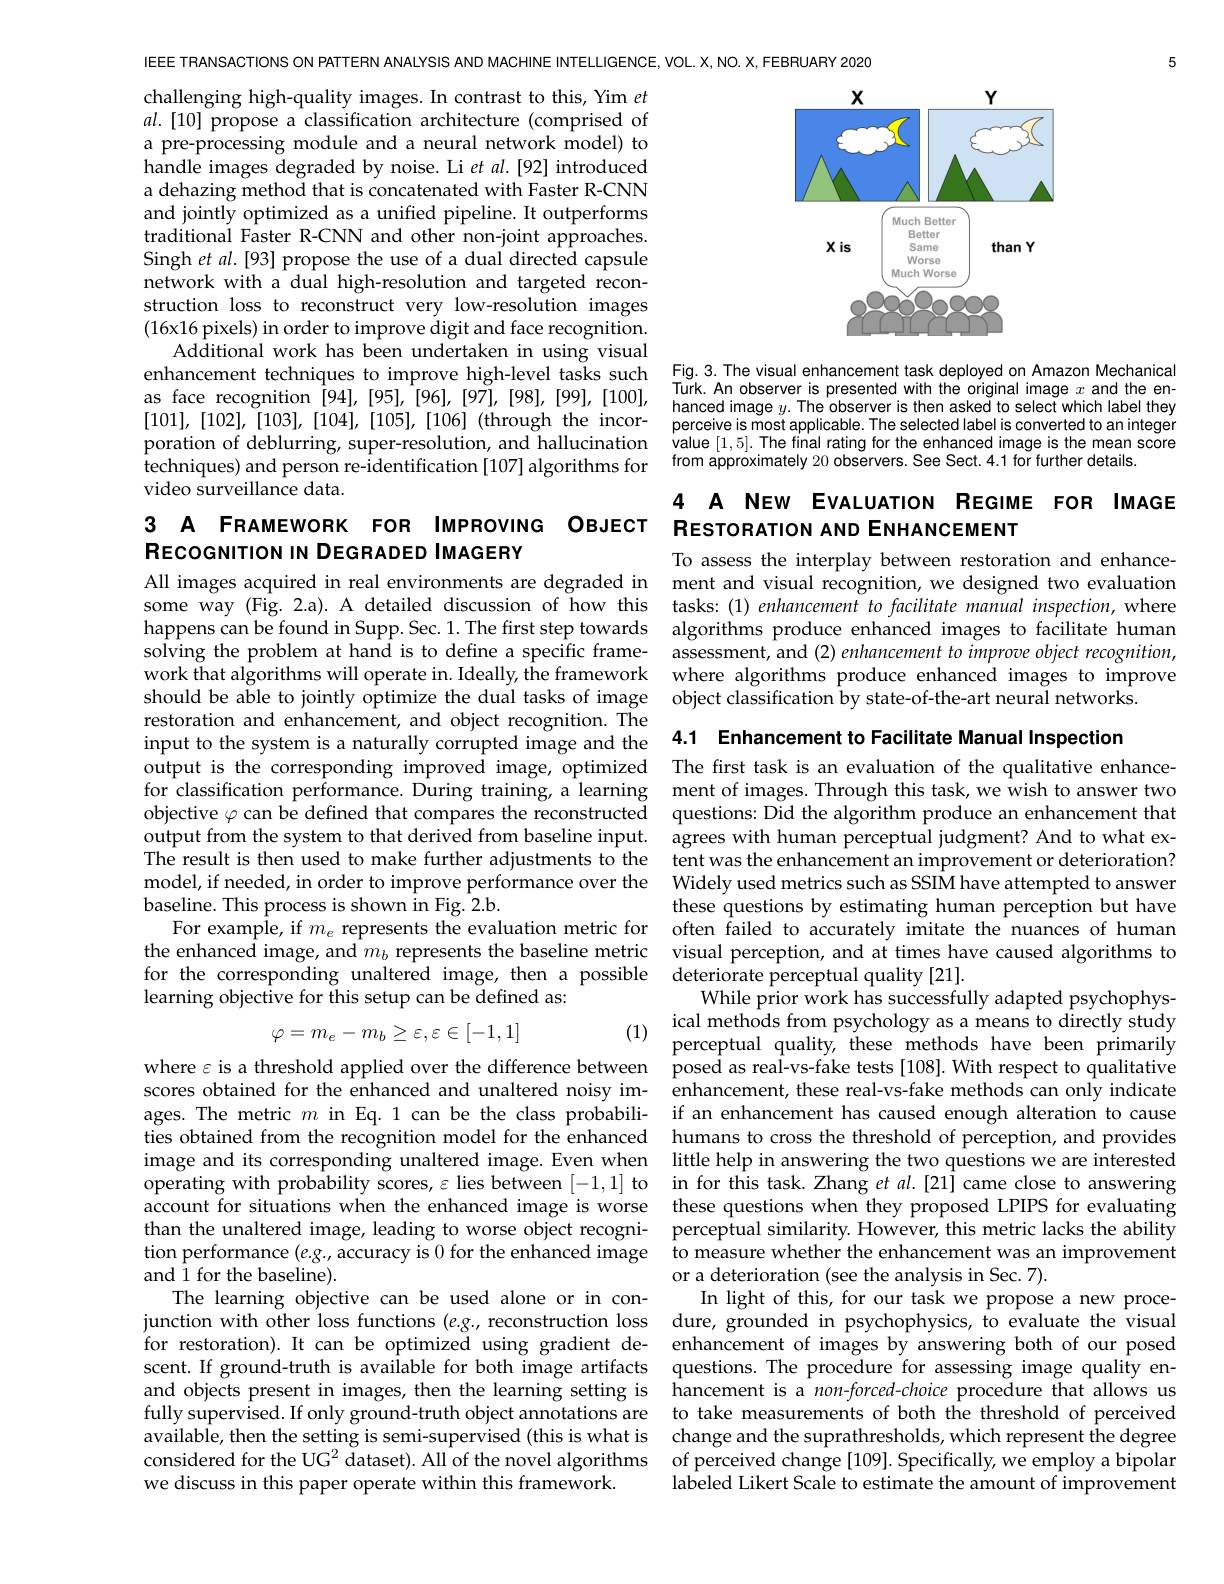
5

IEEE TRANSACTIONS ON PATTERN ANALYSIS AND MACHINE INTELLIGENCE, VOL. X, NO. X, FEBRUARY 2020

<FigureHere>

challenging high-quality images. In contrast to this, Yim $et$ $al.[10]$ propose a classification architecture (comprised of a pre-processing module and a neural network model) to handle images degraded by noise. Li et al.[92] introduced a dehazing method that is concatenated with Faster R-CNN and jointly optimized as a unified pipeline. It outperforms traditional Faster R-CNN and other non-joint approaches. Singh et al.[93] propose the use of a dual directed capsule network with a dual high-resolution and targeted reconstruction loss to reconstruct very low-resolution images $(16x16$ pixels) in order to improve digit and face recognition.
Additional work has been undertaken in using visual
enhancement techniques to improve high-level tasks such Fig.3.The visual enhancement task deployed on Amazon Mechanical
as face recognition [94],[95],[96],[97],[98],[99],[100], [101],[102],[103],[104],[105],[106](through the incorporation of deblurring, super-resolution, and hallucination value [1,5]. The final rating for the enhanced image is the mean score
techniques) and person re-identification [107] algorithms for
video surveillance data.

Turk.An observer is presented with the original image $x$ and the enhanced image $y.$ The observer is then asked to select which label they perceive is most applicable. The selected label is converted to an integer from approximately 20 observers. See Sect.4.1 for further details.

## 4 A NEW EVALUATION REGIME FOR IMAGE Restonation and ENHANCEMENT

## 3 A FRAMEWORK FOR IMPROVING OBJECT RECOGNITION IN DEGRADED IMAGERY

To assess the interplay between restoration and enhance-
All images acquired in real environments are degraded in ment and visual recognition, we designed two evaluation
tasks: (1) enhancement to facilitate manual inspection, where
happens can be found in Supp. Sec. 1. The first step towards algorithms produce enhanced images to facilitate human
assessment, and (2) enhancement to improve object recognition,
work that algorithms will operate in. Ideally, the framework where algorithms produce enhanced images to improve
should be able to jointly optimize the dual tasks of image object classification by state-of-the-art neural networks.

some way (Fig. 2.a). A detailed discussion of how this solving the problem at hand is to define a specific framerestoration and enhancement, and object recognition. The input to the system is a naturally corrupted image and the output is the corresponding improved image, optimized The first task is an evaluation of the qualitative enhance-
for classification performance. During training, a learning objective $\varphi$ can be defined that compares the reconstructed output from the system to that derived from baseline input. agrees with human perceptual judgment? And to what exThe result is then used to make further adjustments to the tent was the enhancement an improvement or deterioration? model, if needed, in order to improve performance over the Widely used metrics such as SSIM have attempted to answer baseline. This process is shown in Fig. 2.b.
For example, if $m_e$ represents the evaluation metric for often failed to accurately imitate the nuances of human the enhanced image, and $m_b$ represents the baseline metric visual perception, and at times have caused algorithms to for the corresponding unaltered image, then a possible deteriorate perceptual quality[21].
learning objective for this setup can be defined as:
$$\varphi=m_{e}-m_{b}\geq\varepsilon,\varepsilon\in[-1,1]$$
$\begin{array}{ll}{\mathrm{ical~methods~from~psychology~as~a~means~to~directly~study}}\\{\mathrm{perceptual~quality,~these~methods~have~been~primarily}}\end{array}$

4.1 Enhancement to Facilitate Manual Inspection
ment of images. Through this task, we wish to answer two questions: Did the algorithm produce an enhancement that these questions by estimating human perception but have
While prior work has successfully adapted psychophys-
where $\varepsilon$ is a threshold applied over the difference between posed as real-vs-fake tests[108]. With respect to qualitative
enhancement, these real-vs-fake methods can only indicate
ages. The metric $m$ in Eq.1 can be the class probabili- if an enhancement has caused enough alteration to cause ties obtained from the recognition model for the enhanced humans to cross the threshold of perception, and provides
little help in answering the two questions we are interested
operating with probability scores, $\varepsilon$ lies between [-1,1] to in for this task. Zhang et al.[21] came close to answering account for situations when the enhanced image is worse these questions when they proposed LPIPS for evaluating than the unaltered image, leading to worse object recogni- perceptual similarity. However, this metric lacks the ability tion performance $(e.g.$, accuracy is 0 for the enhanced image to measure whether the enhancement was an improvement
or a deterioration (see the analysis in Sec. 7).
In light of this, for our task we propose a new proce-
junction with other loss functions (e.g., reconstruction loss dure, grounded in psychophysics, to evaluate the visual for restoration).It can be optimized using gradient de- enhancement of images by answering both of our posed
questions. The procedure for assessing image quality en-
and objects present in images, then the learning setting is hancement is a $non-forced-choice$ procedure that allows us fully supervised.If only ground-truth object annotations are to take measurements of both the threshold of perceived available, then the setting is semi-supervised (this is what is change and the suprathresholds, which represent the degree considered for the UG$^{2}$ dataset). All of the novel algorithms of perceived change [109]. Specifically, we employ a bipolar
$\hat{\text{labeled Likert Scale to estimate the amount of improvement}}$

scores obtained for the enhanced and unaltered noisy imimage and its corresponding unaltered image. Even when and $\tilde{1}$ for the baseline).
The learning objective can be used alone or in conscent. If ground-truth is available for both image artifacts we discuss in this paper operate within this framework.